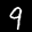
Label: 9